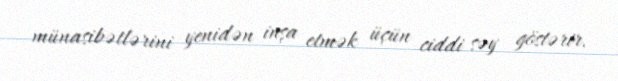
münasibətlərini yenidən inşa etmək üçün ciddi səy göstərir.